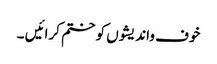
خوف واندیشوں کو ختم کرائیں ۔